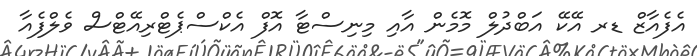
އެފެއާޒް ޑރ އޭކޭ އަބްދުލް މޮމެން އާއި މިނިސްޓާ އޮފް އެކްސްޕެޓްރިއޭޓްސް ވެލްފެއާ